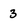
Character: 3